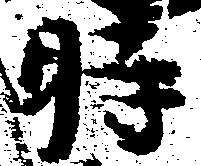
時